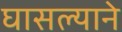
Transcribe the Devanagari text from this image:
घासल्याने